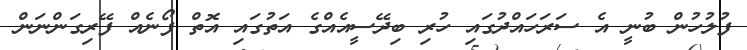
ފުލުހުން ބުނީ އެ ސަރަހައްދުގައި ހުރި ބިދޭސީއެއްގެ އަތުގައި އޮތް ފޯނެއް ފޭރިގަންނަން